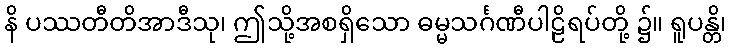
နိ ပဿတီတိအာဒီသု၊ ဤသို့အစရှိသော ဓမ္မသင်္ဂဏီပါဠိရပ်တို့ ၌။ ရူပန္တိ၊